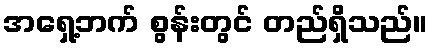
အရှေ့ဘက် စွန်းတွင် တည်ရှိသည်။